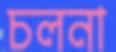
চলনা